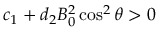
c _ { 1 } + d _ { 2 } B _ { 0 } ^ { 2 } \cos ^ { 2 } \theta > 0